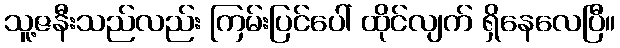
သူ့ဇနီးသည်လည်း ကြမ်းပြင်ပေါ် ထိုင်လျက် ရှိနေလေပြီ။